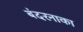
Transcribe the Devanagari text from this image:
बंदरनाका